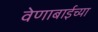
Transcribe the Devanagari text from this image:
वेणाबाईच्या